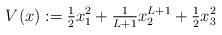
LaTeX: \begin{align*} V(x):=\tfrac{1}{2}x_1^2+\tfrac{1}{L+1}x_2^{L+1}+\tfrac{1}{2}x_3^2\end{align*}